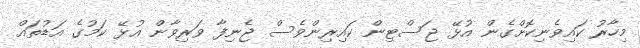
މިހާރު ކައިވެނިކޮށްގެން އުޅޭ ޖަސްޓިން ކައިރިންވެސް ޖެނިފާ ވަރިވާން އުޅޭ ކަމުގެ އަޑުތައް